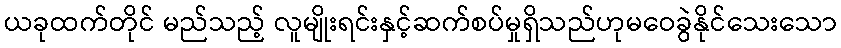
ယခုထက်တိုင် မည်သည့် လူမျိုးရင်းနှင့်ဆက်စပ်မှုရှိသည်ဟုမဝေခွဲနိုင်သေးသော